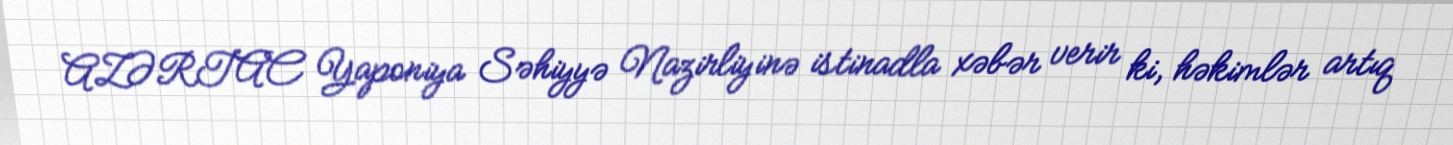
AZƏRTAC Yaponiya Səhiyyə Nazirliyinə istinadla xəbər verir ki, həkimlər artıq